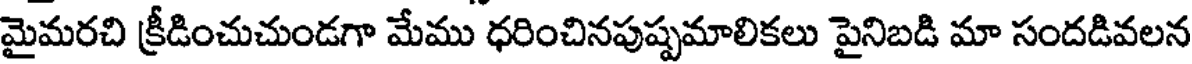
మైమరచి క్రీడించుచుండగా మేము ధరించినపుష్పమాలికలు పైనిబడి మా సందడివలన